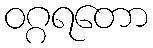
ဝဂ္ဂရတော